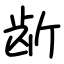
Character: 龂